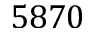
5 8 7 0